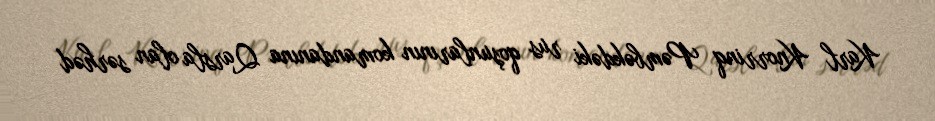
Karl Knorrinq Pəmbəkdəki rus qoşunlarının komandanına Qarsla olan sərhəd